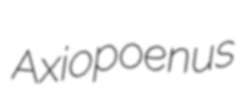
Axiopoenus